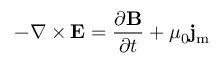
- \nabla \times \mathbf { E } = { \frac { \partial \mathbf { B } } { \partial t } } + \mu _ { 0 } \mathbf { j } _ { \mathrm { m } }